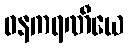
ဓနကရဏီယေ